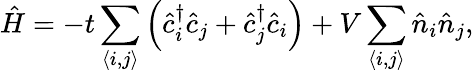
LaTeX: \hat{H}=-t\sum_{\langle i,j\rangle}\left(\hat{c}_{i}^{\dagger}\hat{c}_{j}+\hat{c}_{j}^{\dagger}\hat{c}_{i}\right)+V\sum_{\langle i,j\rangle}\hat{n}_{i}\hat{n}_{j},